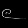
Digit: ၉